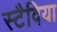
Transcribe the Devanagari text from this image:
स्टैविया